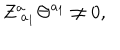
Z _ { \; a _ { 1 } } ^ { a } \Theta ^ { a _ { 1 } } \neq 0 ,